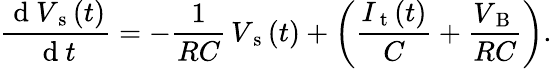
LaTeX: \frac{\mathrm{~d~}V_{\mathrm{~s~}}(t)}{\mathrm{~d~}t}=-\frac{1}{RC}\, V_{\mathrm{~s~}}(t)+\bigg(\frac{I_{\mathrm{~t~}}(t)}{C}+\frac{V_{\mathrm{~B~}}}{RC}\bigg).